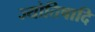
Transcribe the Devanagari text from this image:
ज्योतिषादि